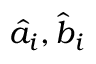
\hat { a } _ { i } , \hat { b } _ { i }